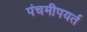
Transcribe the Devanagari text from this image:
पंचमीपयर्त